Annual report of the Imperial Bacteriologist
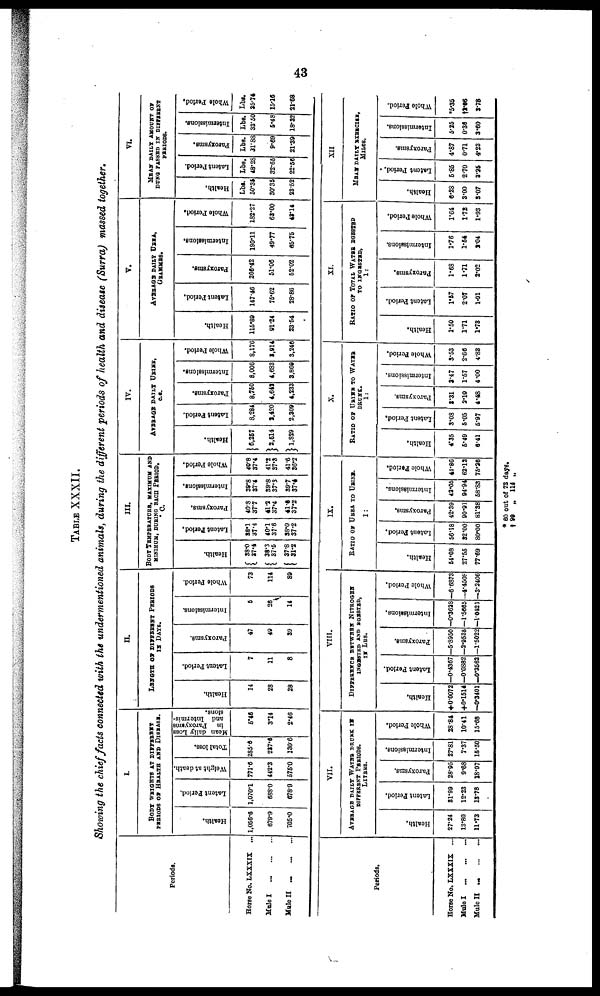
43
TABLE XXXII.
Showing the chief facts connected with the undermentioned animals, during the different periods of health and disease (Surra) massed together.
Periods.
Horse No. LXXXIX ...
Mule I
Mule II
I.
BODY WHIGHTS AT DEFFERENT
PERIODS OF HEALTH AND DISEASE.
Health.
1,056.6
679.9
705.0
Latent Period.
1,070.1
688.0
678.9
Weight at death.
771.6
442.3
575.0
Total loss.
285.6
287.6
130.6
M
ean daily Loss
in Paroxysms
and Intermis-
sions.
5.45
3.14
2.46
II.
LENGTH OF DIFFERENT PERIODS
IS DATS.
Health.
14
28
28
Latent Period.
7
11
8
Paroxysms.
47
49
39
Intermissions.
6
26
14
Whole Period.
73
114
89
III.
BODY TEMPERATURS, MAXIMUM AND
MINIMUM, DURING BACH PERIOD.
° C
Health.
{ 38.0
37.4
{ 38.3
37.5
{ 37.8
31.2
Latent Period.
38.1
37.4
40.1
37.6
38.0
37.2
Paroxysms.
40.8
37.7
41.2
37.4
41.6
37.2
Intermissions.
39.8
37.4
39.8
37.3
39.7
37.4
Whole Period.
40.8
37.4
41.2
37.3
41.6
36.2
IV.
AVERAGE DAILY URINE
c.c.
Health.
} 6.257
} 2.514
}1,829
Latent Period.
8,284
2,420
2,309
Paroxysms.
8,750
4,642
4,233
Intermissions.
8,006
4,683
3,869
Whole Period.
8,176
3,914
3,246
Health.
115.89
91.24
23.54
V.
AVERAGE DAILY UREA,
GRAMMES.
Latent Period.
147.46
75.62
28.86
Paroxysms.
206.42
51.06
52.02
Intermissions.
190.11
49.77
65.75
Whole Period.
182.27
63.00
43.14
VI.
MEAN DAILY AMOUNT OF
DUNG PASSED IK DIFFERENT
PERIODS.
Health.
Lbs.
50.35
30.35
23.52
Latent Period.
Lbs.
48.28
32.65
22.56
Paroxysms.
Lbs.
31.88
9.69
21.39
Intermissions.
Lbs.
33.50
5.48
18.32
Whole Period.
Lbs.
35.74
15.16
21.68
Periods.
Horse No. LXXXIX ...
Mule I
..
MuleII
...
VII.
AVERAGE DAILY WATER DRUNK IS
DIFFERENT PERIODS.
LITRES.
Health.
27.24
13.80
11.73
Latent Period.
31.99
12.23
13.78
Paroxysms.
28.95
9.68
18.97
Intermissions.
27.81
7.37
15.50
Whole Period.
28.84
10.41
15.68
VIII.
DIFFERENT BETWEEN NITROGEN
INGESTED AND BGESTED,
IN LBS.
Health.
+0.0072
+0.1514
—0.3401
Latont Period.
—0.4367
—0.0882
—0.3562
Paroxysms.
—5.8950
—2.9535
—1.5022
Intermissions.
-0.3628
—1.5665
—1.0421
Whole Period.
—6.6873
—4.4508
—3.2406
I
IX.
RATIO OF UREA TO URINE.
1:
Health.
54.08
27.55
77.69
Latent Period.
56.18
32.00
80.00
Paroxysms.
42.39
90.91
81.38
Intermissions.
42.05
94.94
58.83
Whole Period.
44.86
62.12
75.26
X.
RATIO OF URINE TO WATER
DRUNK.
1:
Health.
4.35
5.49
6.41
Latent Period.
3.08
5.05
5.97
Paroxysms.
2.31
2.10
4.48
Intermissions.
3.47
1.67
4.00
Whole Period.
3.53
2.66
4.83
XI.
RATIO OF TOTAL WATER EGESTED
TO INTGNSTED,
1:
Health.
1.50
1.71
1.73
Latent Period.
1.57
2.07
1.91
Paroxysms.
1.68
1.71
2.02
Intermissions.
1.76
1.54
2.04
Whole Period.
1.64
1.72
1.93
XII
MHAN DAILY EXERCISE,
MILES.
Health.
6.28
3.00
3.07
Latent Period
5.85
2.70
3.25
Paroxysms.
4.87
0.71
4.23
Intermissions.
5.25
0.36
3.60
Whole Period.
*5.35
†2.06
3.78
* 60 out of 73 days.
† 90 „ 114 „